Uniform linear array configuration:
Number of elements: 64
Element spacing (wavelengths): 1
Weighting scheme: kaiser
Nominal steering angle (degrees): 15
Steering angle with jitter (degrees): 13.799
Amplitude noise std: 0.05
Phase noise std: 0.05

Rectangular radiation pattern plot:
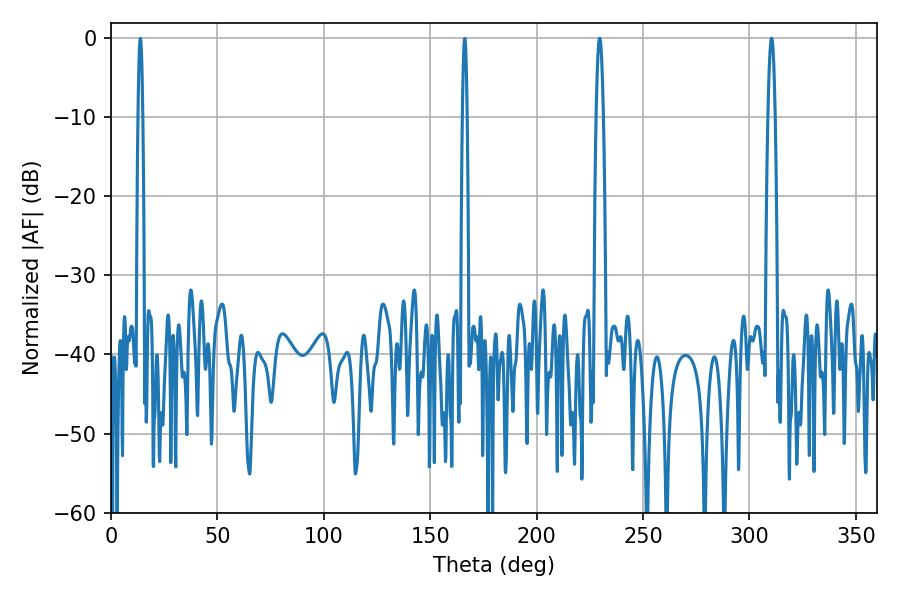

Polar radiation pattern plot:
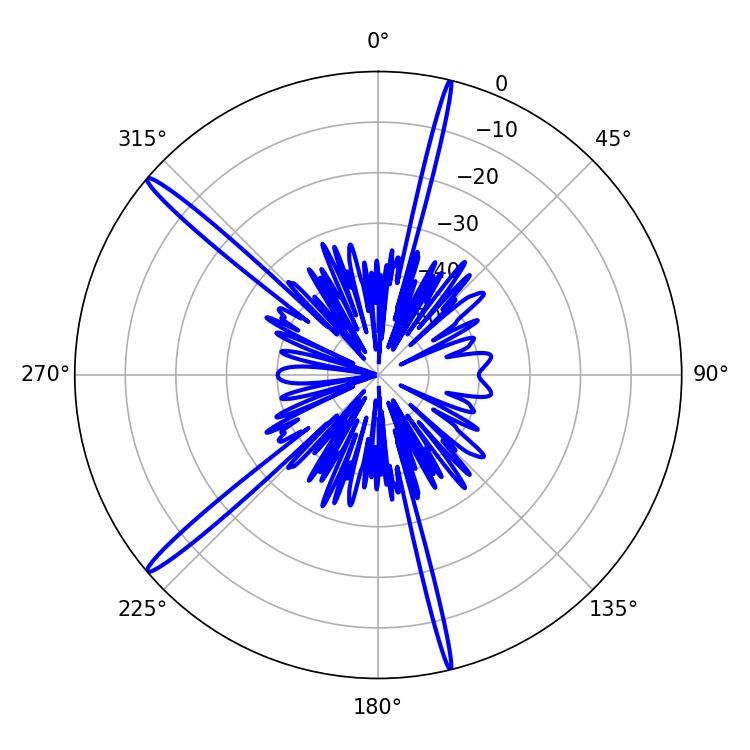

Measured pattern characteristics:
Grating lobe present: TRUE
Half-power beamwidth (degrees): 1.8
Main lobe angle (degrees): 310.32